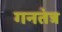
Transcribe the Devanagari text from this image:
गनतंत्र